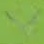
Text: V